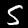
Label: 5